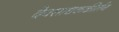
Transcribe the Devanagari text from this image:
देवसाधककीर्तन